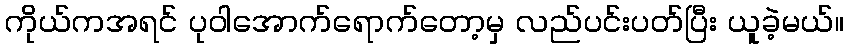
ကိုယ်ကအရင် ပုဝါအောက်ရောက်တော့မှ လည်ပင်းပတ်ပြီး ယူခဲ့မယ်။